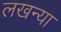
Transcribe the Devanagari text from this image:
लखन्या